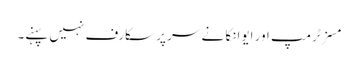
مسز ٹرمپ اور ایوانکا نے سر پر سکارف نہیں پہنے۔